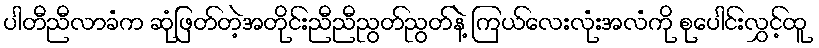
ပါတီညီလာခံက ဆုံဖြတ်တဲ့အတိုင်းညီညီညွတ်ညွတ်နဲ့ ကြယ်လေးလုံးအလံကို စုပေါင်းလွှင့်ထူ